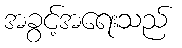
အခွင့်အရေးသည်